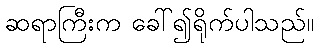
ဆရာကြီးက ခေါ်၍ရိုက်ပါသည်။